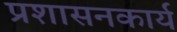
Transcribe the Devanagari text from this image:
प्रशासनकार्य